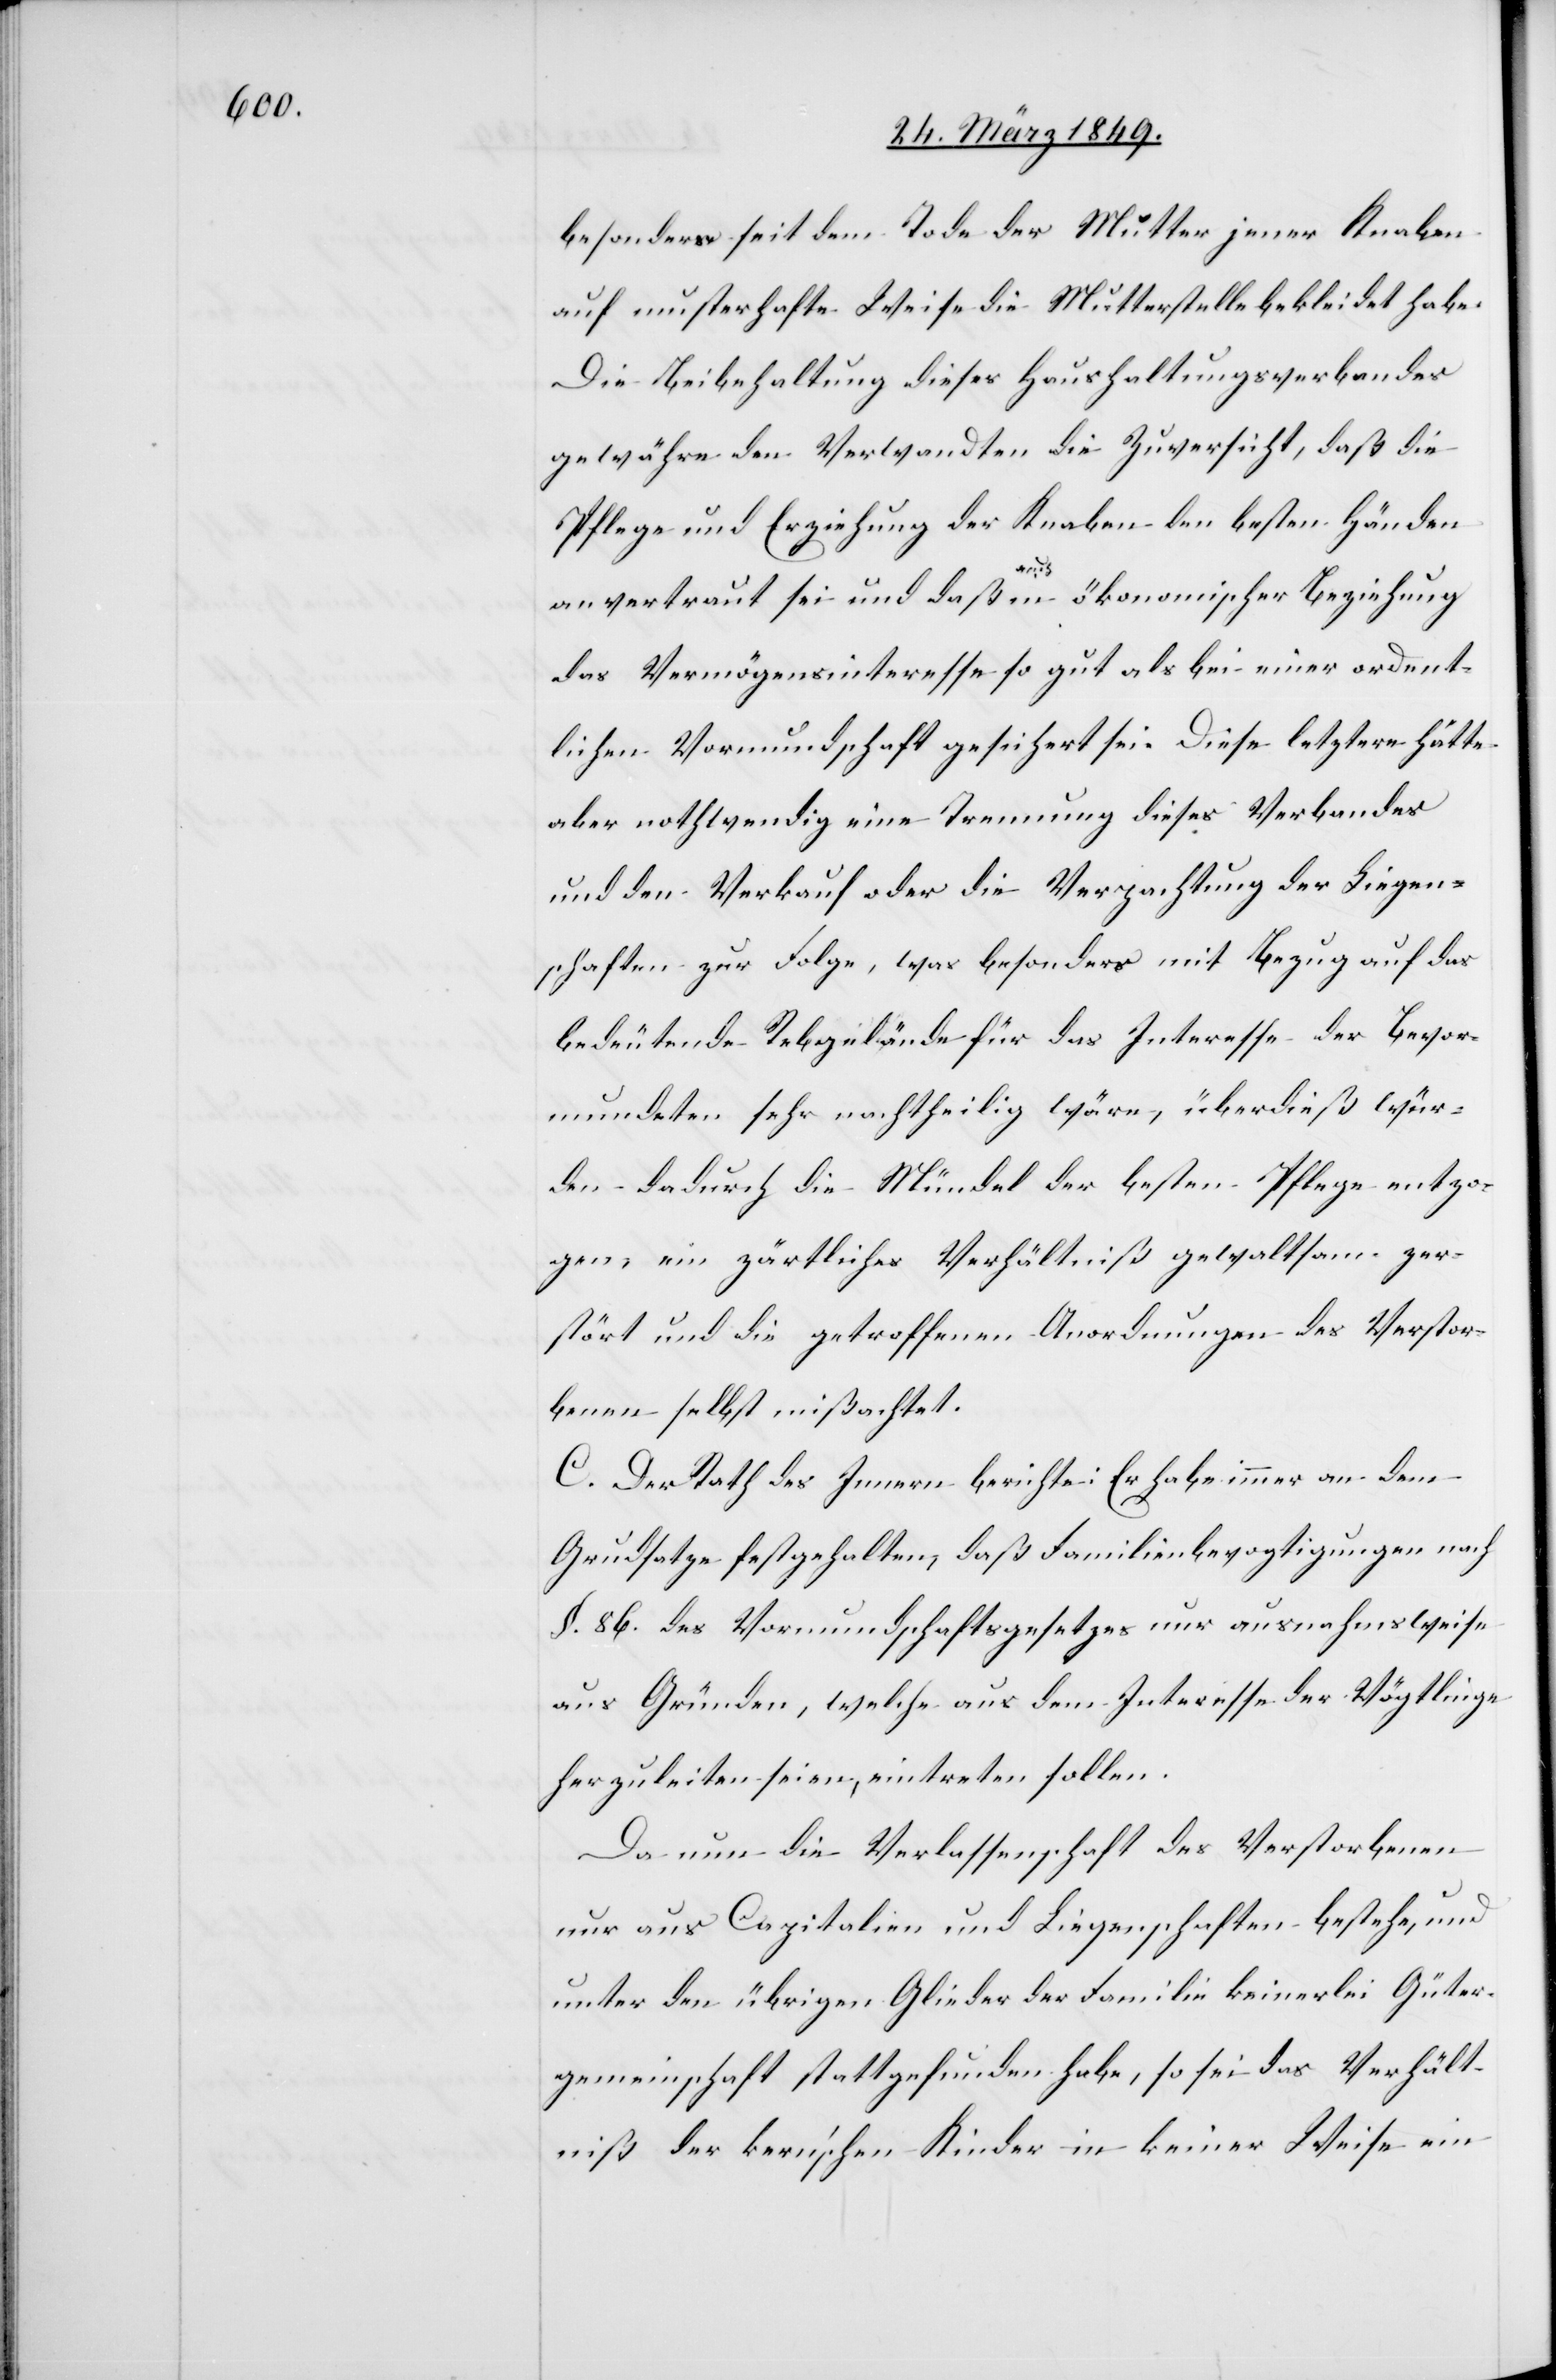
besonders seit dem Tode der Mutter jener Knaben
auf musterhafte Weise die Mutterstelle bekleidet habe.
Die Beibehaltung dieses Hauhaltungsverbandes
gewähre den Verwandten die Zuversicht, daß die
Pflege und Erziehung der Knaben den besten Händen
anvertraut sei und daß [?auch] in ökonomischer Beziehung
das Vermögensinteresse so gut als bei einer ordent¬
lichen Vormundschaft gesichert sei. Diese letztere hätte
aber nothwendig eine Trennung dieses Verbandes
und den Verkauf oder die Verpachtung der Liegen¬
schaften zur Folge, was besonders mit Bezug auf das
bedeutende Rebgelände für das Interesse der Bevor¬
mundeten sehr nachtheilig wäre, überdieß wür¬
den dadurch die Mündel der besten Pflege entzo¬
gen, ein zärtliches Verhältniß gewaltsam zer¬
stört und die getroffenen Anordnungen des Verstor¬
benen selbst mißachtet.
C. Der Rath des Innern berichte: Er habe immer an dem
Grundatze festgehalten, daß Familienbevogtigungen nach
§. 86. des Vormundschaftsgesetzes nur ausnahmsweise
aus Gründen, welche aus dem Interesse der Vögtlinge
herzuleiten seien, eintreten sollen.
Da nun die Verlassenschaft des Verstorbenen
nur aus Capitalien und Liegenschaften bestehe, und
unter den übrigen Glieder der Familie keinerlei Güter¬
gemeinschaft stattgefunden habe, so sei das Verhält¬
niß der kern’schen Kinder in keiner Weise ein